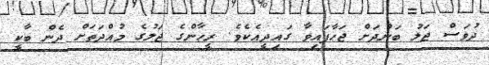
ދުވަސް ޖަލު ބަންދަށް ޖަހާފައިވާ ގައިދީއެކެވެ. ރީހާންގެ ޖަލުގެ މުއްދަތަށް ދެން ބާކީ